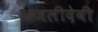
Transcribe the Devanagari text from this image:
अंजलीदेवी